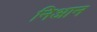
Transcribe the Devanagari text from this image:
निआन